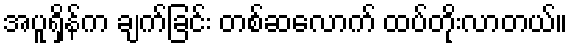
အပူရှိန်က ချက်ခြင်း တစ်ဆလောက် ထပ်တိုးလာတယ်။